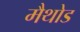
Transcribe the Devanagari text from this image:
मैथोड